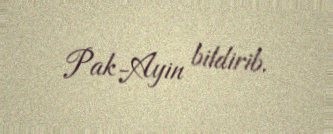
Pak-Ayin bildirib.